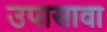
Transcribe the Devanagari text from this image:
उपासावा